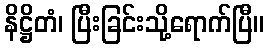
နိဋ္ဌိတံ၊ ပြီးခြင်းသို့ရောက်ပြီ။